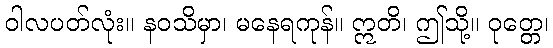
ဝါလပတ်လုံး။ နဝသိမှာ၊ မနေရကုန်။ ဣတိ၊ ဤသို့။ ဝုတ္တေ၊